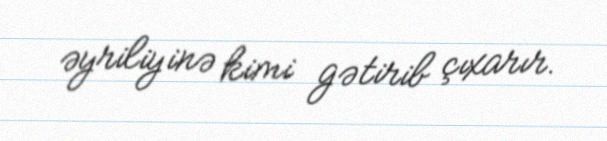
əyriliyinə kimi gətirib çıxarır.